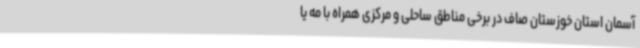
آسمان استان خوزستان صاف در برخی مناطق ساحلی و مرکزی همراه با مه یا